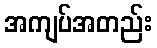
အကျပ်အတည်း